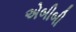
એબીબી